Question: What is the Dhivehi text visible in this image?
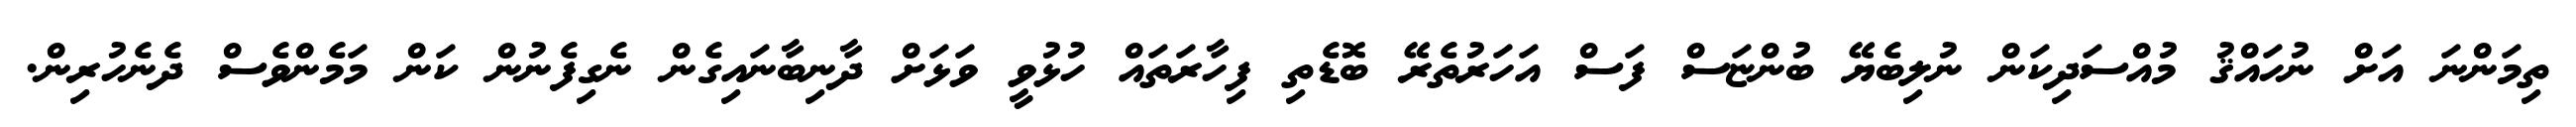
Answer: ތިމަންނަ އަށް ނުހައްޤު މުއްސަދިކަން ނުލިބެޔޭ ބުންޏަސް ފަސް އަހަރުތެރޭ ބޮޑެތި ފިހާރަތައް ހުޅުވީ ވަޅަށް ދާނިބާނައިގެން ނެގިފެނުން ކަން މަމެންވެސް ދެނެހުރިން.